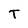
Character: T